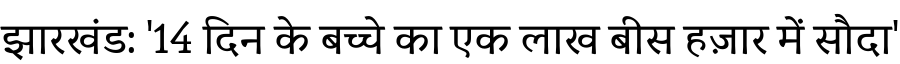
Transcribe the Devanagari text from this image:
झारखंड: '14 दिन के बच्चे का एक लाख बीस हज़ार में सौदा'